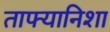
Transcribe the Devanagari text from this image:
ताफ्यानिशा